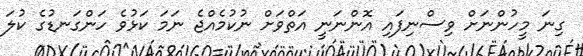
ގިނަ މީހުންނަށް ވިސްނިފައި އޮންނަނީ އަތްވަށް ނުކުމެއްޖެ ނަމަ ކަޅުވެ ހަންގަނޑުގެ ކުލަ